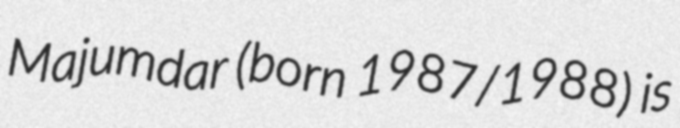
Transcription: Majumdar (born 1987/1988) is